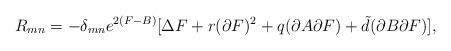
LaTeX: \begin{align*}R_{mn}=-\delta_{mn}e^{2(F-B)}[\Delta F +r(\partial F)^{2} +q(\partial A\partial F)+{\tilde d}(\partial B\partial F)], \end{align*}